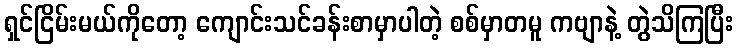
ရှင်ငြိမ်းမယ်ကိုတော့ ကျောင်းသင်ခန်းစာမှာပါတဲ့ စစ်မှာတမူ ကဗျာနဲ့ တွဲသိကြပြီး